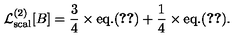
{ \cal L } _ { \mathrm { s c a l } } ^ { ( 2 ) } [ B ] = { \frac { 3 } { 4 } } \times \mathrm { e q . } ( \ref { G a m m a 2 s c a l } ) + { \frac { 1 } { 4 } } \times \mathrm { e q . } ( \ref { G a m m a 2 s c a l p I } ) .